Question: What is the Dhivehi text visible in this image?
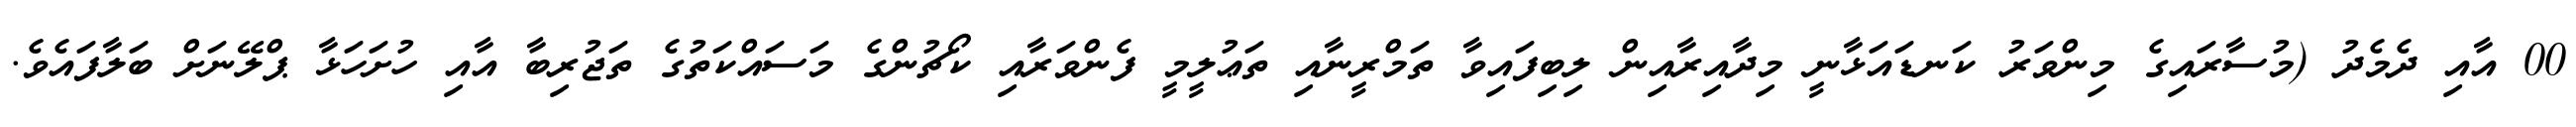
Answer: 00 އާއި ދެމެދު (މުސާރައިގެ މިންވަރު ކަނޑައަޅާނީ މިދާއިރާއިން ލިބިފައިވާ ތަމްރީނާއި ތަޢުލީމީ ފެންވަރާއި ކޯޗުންގެ މަސައްކަތުގެ ތަޖުރިބާ އާއި ހުށަހަޅާ ޕްލޭނަށް ބަލާފައެވެ.